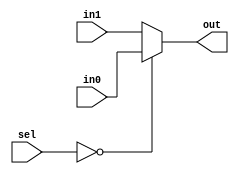
module mux_2_in_1_out_8_bits_sel (in0 , in1 , sel , out);
input [26:0]in0 , in1;
input [7:0]sel;
output reg [26:0]out;
always@(*)
begin
    case(sel)
        8'b 0000_0000:
            begin
                out = in0;
            end
        default:
            begin
                out = in1;
            end
    endcase
end
endmodule